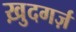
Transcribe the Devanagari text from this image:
ख़ुदगर्ज़